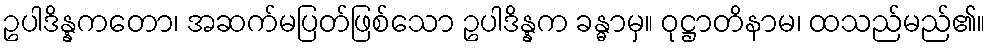
ဥပါဒိန္နကတော၊ အဆက်မပြတ်ဖြစ်သော ဥပါဒိန္နက ခန္ဓာမှ။ ဝုဋ္ဌာတိနာမ၊ ထသည်မည်၏။